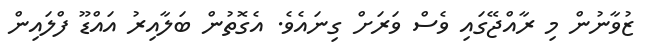
ޒުވާނުން މި ރާއްޖޭގައި ވެސް ވަރަށް ގިނައެވެ. އެގޮތުން ބަލާއިރު އައްޑޫ ފްލައިން